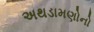
અથડામણોનો